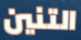
التنين